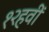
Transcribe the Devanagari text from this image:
१२हवीं